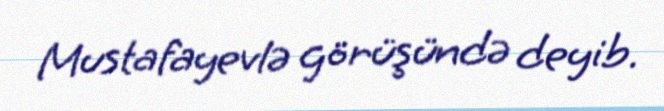
Mustafayevlə görüşündə deyib.